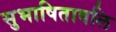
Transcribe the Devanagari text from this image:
सुभाषितावलि